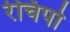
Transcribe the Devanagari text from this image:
रेचिपो